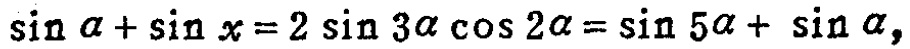
\(\sin \alpha+\sin x = 2\sin 3\alpha\cos 2\alpha=\sin 5\alpha+\sin \alpha\)